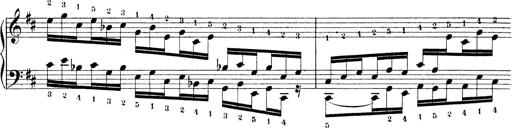
Title: Technische Studien
Composer: Franz Liszt